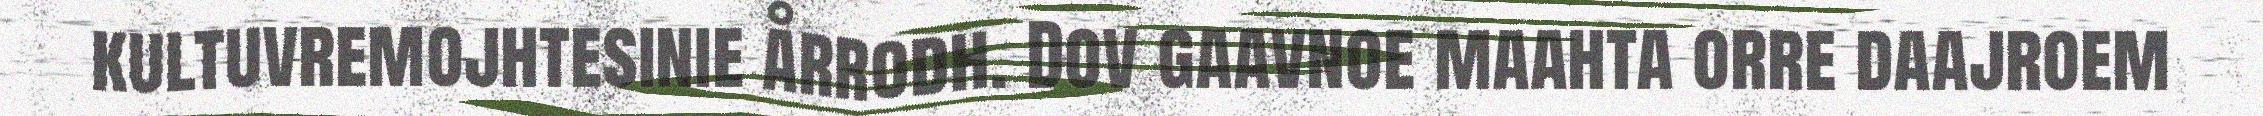
kultuvremojhtesinie årrodh. Dov gaavnoe maahta orre daajroem